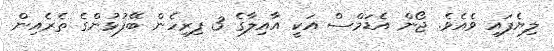
ލިޔެފައި ވެއެވެ. ޖޯން އެޑަމްސް އަކީ އާއިލާގެ 3 ފިރިހެން ބޭފުޅުންގެ ތެރެއިން